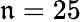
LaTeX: \mathfrak{n}=25